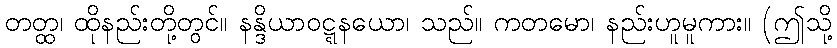
တတ္ထ၊ ထိုနည်းတို့တွင်။ နန္ဒိယာဝဋ္ဋနယော၊ သည်။ ကတမော၊ နည်းဟူမူကား။ (ဤသို့